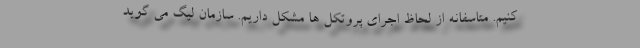
کنیم. متاسفانه از لحاظ اجرای پروتکل ها مشکل داریم. سازمان لیگ می گوید